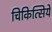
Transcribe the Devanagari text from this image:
चिकित्सिये